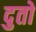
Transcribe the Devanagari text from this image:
दुतो